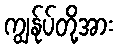
ကျွန်ုပ်တို့အား